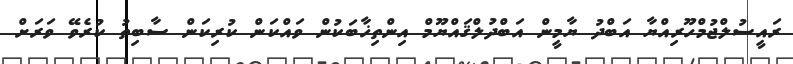
ރައީސުލްޖުމްހޫރިއްޔާ އަބްދު ޔާމީން އަބްދުލްޤައްޔޫމް އިންތިޚާބަކުން ވައްކަން ކުރިކަން ސާބިތު ކުރެވޭ ވަރަށް